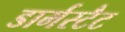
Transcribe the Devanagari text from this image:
डार्मस्टैट